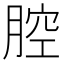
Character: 腔